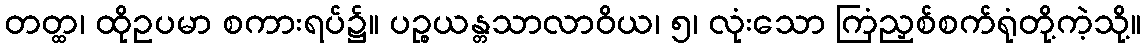
တတ္ထ၊ ထိုဥပမာ စကားရပ်၌။ ပဉ္စယန္တသာလာဝိယ၊ ၅၊ လုံးသော ကြံညှစ်စက်ရုံတို့ကဲ့သို့။